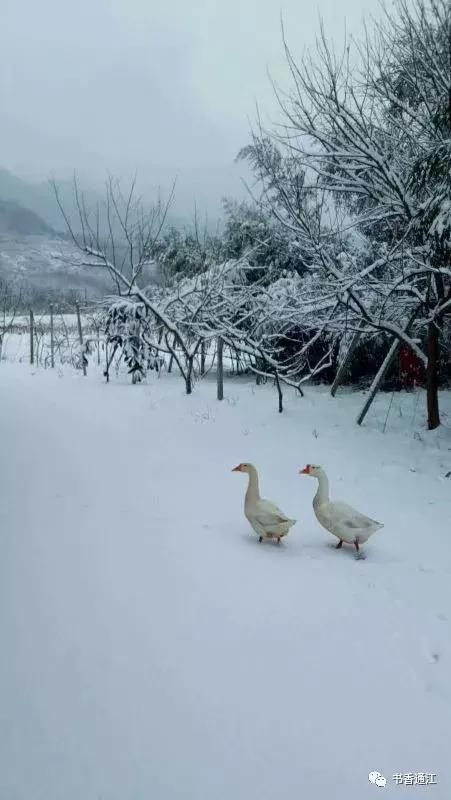
时有官船桥畔过，白鸥飞去落前滩。